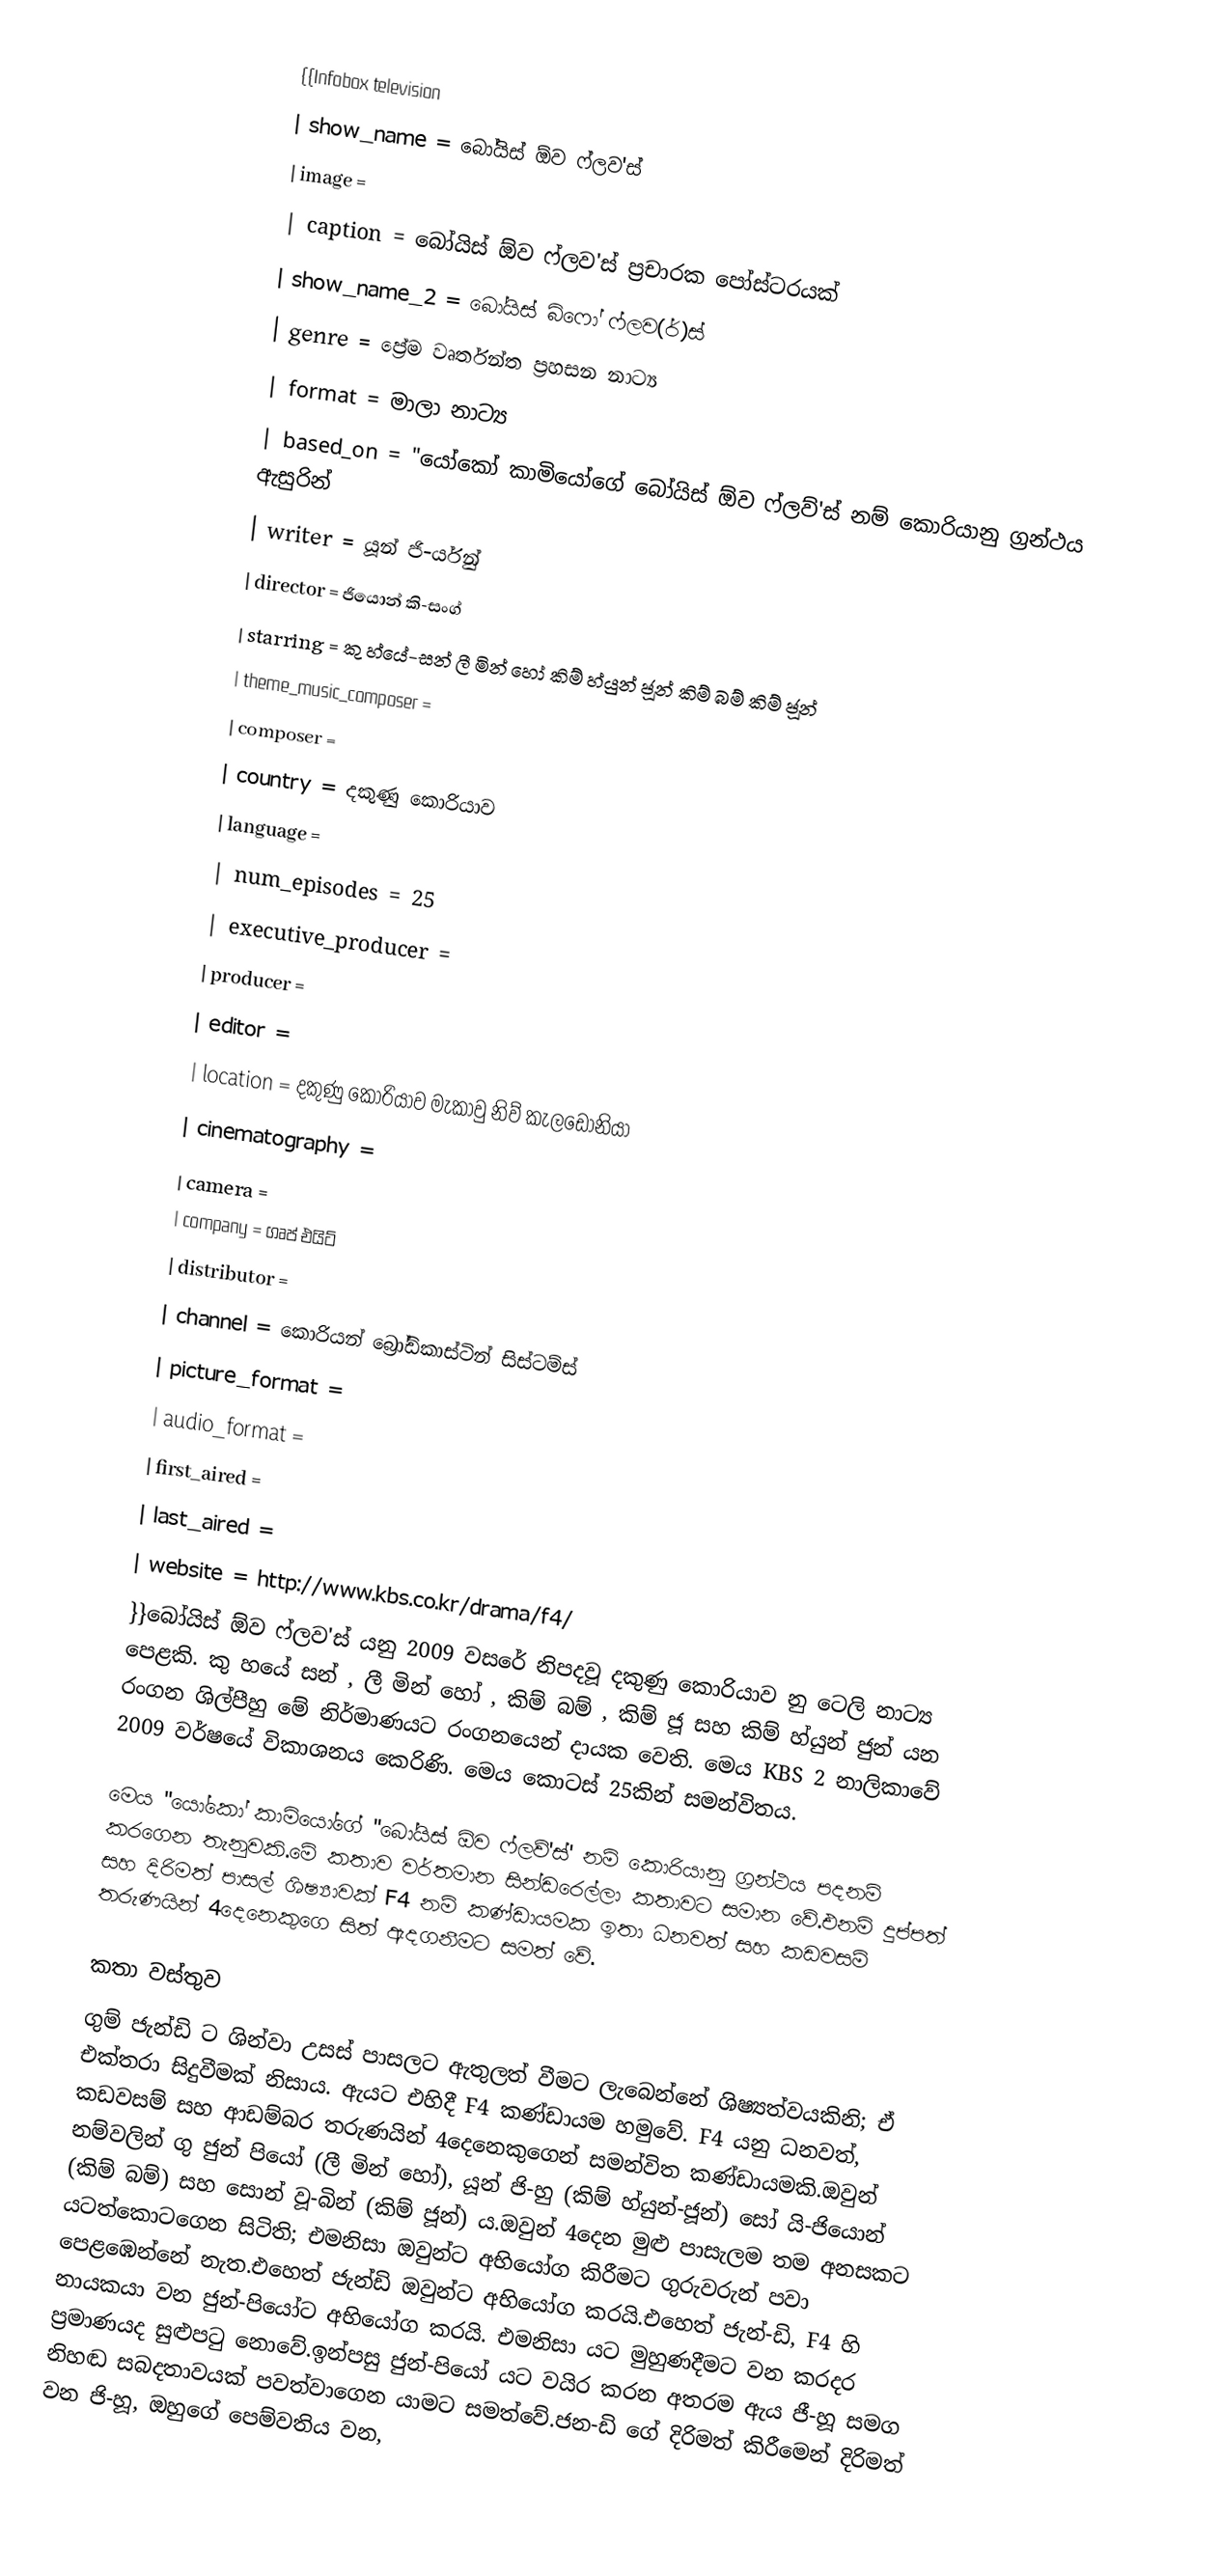
{{Infobox television
| show_name            = බෝයිස් ඕව ෆ්ලව'ස්
| image                =
| caption              = බෝයිස් ඕව ෆ්ලව'ස් ප්‍රචාරක පෝස්ටරයක්
| show_name_2          = බෝයිස් බිෆෝ ෆ්ලව(ර්)ස්
| genre                = ප්‍රේම වෘර්තන්ත ප්‍රහසන නාට්‍ය
| format               = මාලා නාට්‍ය
| based_on             = "යෝකෝ කාමියෝගේ බෝයිස් ඕව ෆ්ලව්'ස් නම් කොරියානු ග්‍රන්ථය ඇසුරින්
| writer               = යූන් ජි-ර්යුන්
| director             = ජියොන් කි-සංග්
| starring             =  කු හ්යේ-සන් ලී මින් හෝ කිම් හ්යුන් ජූන් කිම් බම්  කිම් ජූන්
| theme_music_composer =
| composer             =
| country              = දකුණු කොරියාව
| language             =
| num_episodes         = 25
| executive_producer   =
| producer             =
| editor               =
| location             = දකුණු කොරියාව මැකාවු නිව් කැලඩොනියා
| cinematography       =
| camera               =
| company              = ගෘප් එයිට්
| distributor          =
| channel              = කොරියන් බ්‍රෝඩ්කාස්ටින් සිස්ටම්ස්
| picture_format       =
| audio_format         =
| first_aired          =
| last_aired           =
| website              = http://www.kbs.co.kr/drama/f4/
}}බෝයිස් ඕව ෆ්ලව'ස් යනු 2009 වසරේ නිපදවූ දකුණු කොරියාව නු ටෙලි නාට්‍ය පෙළකි. කු හයේ සන් , ලී මින් හෝ , කිම් බම් , කිම් ජූ සහ කිම් හ්යුන් ජුන් යන රංගන ශිල්පීහු මේ නිර්මාණයට රංගනයෙන් දායක වෙති. මෙය KBS 2  නාලිකාවේ 2009 වර්ෂයේ විකාශනය කෙරිණි. මෙය කොටස් 25කින් සමන්විතය.

මෙය  "යෝකෝ කාමියෝගේ ''බෝයිස් ඕව ෆ්ලව්'ස්' නම් කොරියානු ග්‍රන්ථය පදනම් කරගෙන තැනුවකි.මේ කතාව වර්තමාන සින්ඩරෙල්ලා කතාවට සමාන වේ.එනම් දුප්පත් සහ දිරිමත් පාසල් ශිෂ්‍යාවක් F4 නම් කණ්ඩායමක ඉතා ධනවත් සහ කඩවසම් තරුණයින් 4දෙනෙකුගෙ සිත් ඇදගනීමට සමත් වේ.

කතා වස්තුව
ගුම් ජැන්ඩි ට ශින්වා උසස් පාසලට ඇතුලත් වීමට ලැබෙන්නේ ශිෂ්‍යත්වයකිනි; ඒ එක්තරා සිදුවීමක් නිසාය. ඇයට එහිදී F4 කණ්ඩායම හමුවේ. F4 යනු ධනවත්, කඩවසම් සහ ආඩම්බර තරුණයින් 4දෙනෙකුගෙන් සමන්විත කණ්ඩායමකි.ඔවුන් නම්වලින් ගු ජුන් පියෝ (ලී මින් හෝ), යූන් ජි-හු (කිම් හ්යුන්-ජූන්) සෝ යි-ජියොන් (කිම් බම්) සහ සොන් වූ-බින් (කිම් ජූන්) ය.ඔවුන් 4දෙන මුළු පාසැලම තම අනසකට යටත්කොටගෙන සිටිති; එමනිසා ඔවුන්ට අභියෝග කිරීමට ගුරුවරුන් පවා පෙළඹෙන්නේ නැත.එහෙත් ජැන්ඩි ඔවුන්ට අභියෝග කරයි.එහෙත් ජැන්-ඩි, F4 හි නායකයා වන ජුන්-පියෝට අභියෝග කරයි. එමනිසා යට මුහුණදීමට වන කරදර ප්‍රමාණයද සුළුපටු නොවේ.ඉන්පසු ජුන්-පියෝ යට වයිර කරන අතරම ඇය ජී-හූ සමග නිහඬ සබදතාවයක් පවත්වාගෙන යාමට සමත්වේ.ජන-ඩි ගේ දිරිමත් කිරීමෙන් දිරිමත් වන ජි-හූ, ඔහුගේ පෙම්වතිය වන,